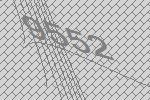
9552